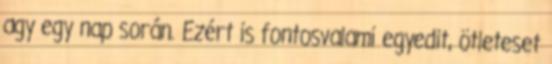
agy egy nap során. Ezért is fontosvalami egyedit, ötleteset